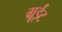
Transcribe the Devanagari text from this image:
ग्रूईट